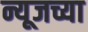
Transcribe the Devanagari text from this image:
न्यूजच्या